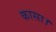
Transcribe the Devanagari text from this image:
कासा।